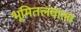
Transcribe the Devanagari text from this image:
भूमितलवाला